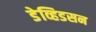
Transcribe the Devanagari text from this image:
डेव्हिडसन